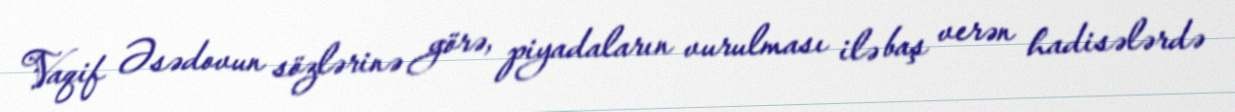
Vaqif Əsədovun sözlərinə görə, piyadaların vurulması ilə baş verən hadisələrdə